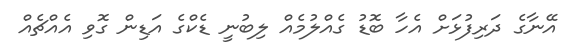
އޭނާގެ ދަރިފުޅަށް އެހާ ބޮޑު ގެއްލުމެއް ލިބުނީ ޑެކްގެ އަޑިން ގޮވި އެއްޗެއް